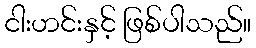
ငါးဟင်းနှင့် ဖြစ်ပါသည်။